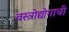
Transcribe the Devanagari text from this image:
वस्त्रोद्योगाची